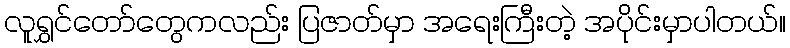
လူရွှင်တော်တွေကလည်း ပြဇာတ်မှာ အရေးကြီးတဲ့ အပိုင်းမှာပါတယ်။